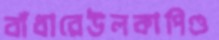
বাঁধারেউলকাপিণ্ড